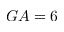
G A = 6